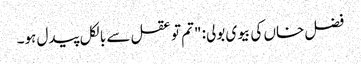
فضل خاں کی بیوی بولی: "تم تو عقل سے بالکل پیدل ہو۔